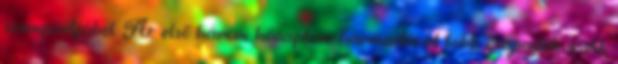
szempontjából. Az első három hónapban harmadával több csapadék esett